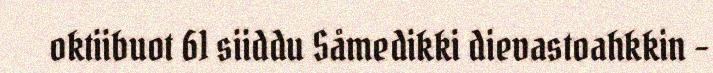
oktiibuot 61 siiddu Såmedikki dievastoahkkin -